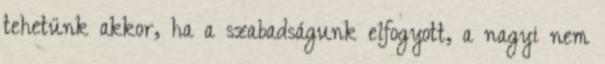
tehetünk akkor, ha a szabadságunk elfogyott, a nagyi nem